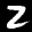
Label: 2